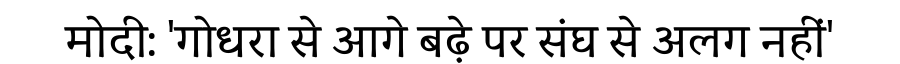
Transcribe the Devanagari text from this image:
मोदी: 'गोधरा से आगे बढ़े पर संघ से अलग नहीं'